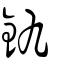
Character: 釚